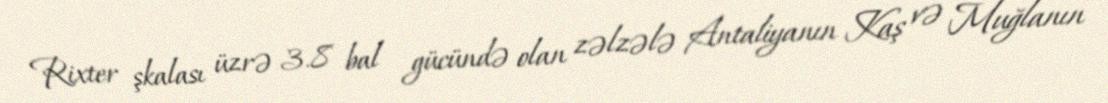
Rixter şkalası üzrə 3.8 bal gücündə olan zəlzələ Antaliyanın Kaş və Muğlanın